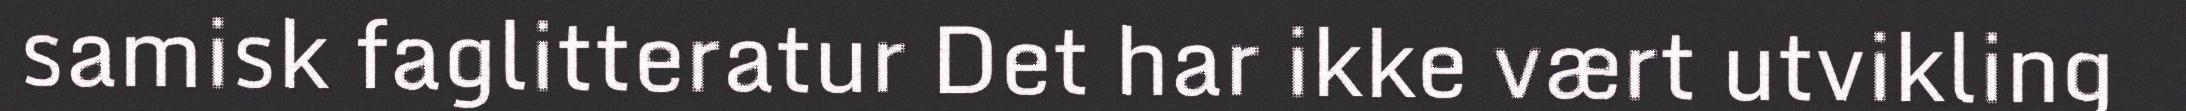
samisk faglitteratur Det har ikke vært utvikling